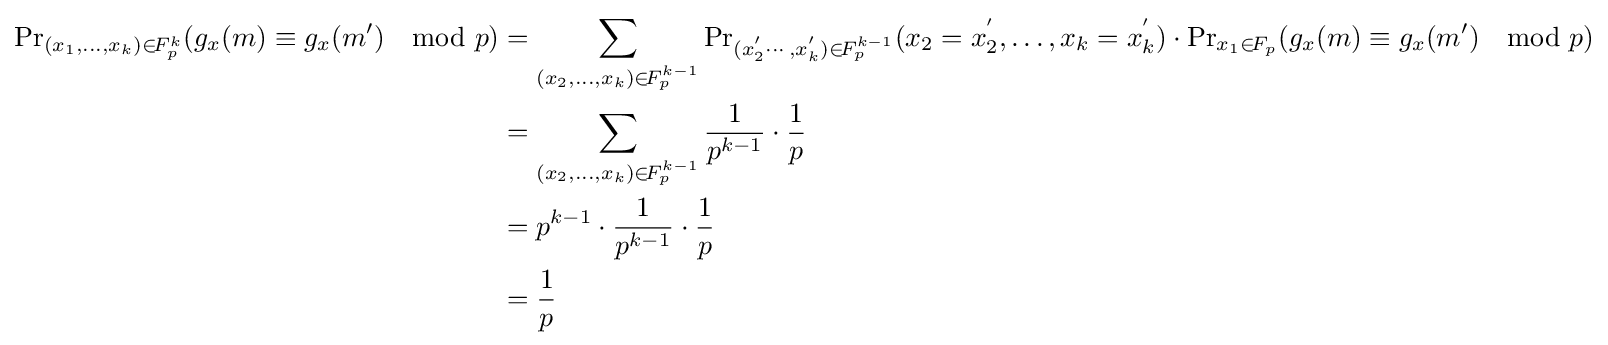
{\begin{aligned}{\Pr }_{(x_{1},\ldots ,x_{k})\in \!{F_{p}^{k}}}(g_{x}(m)\equiv g_{x}(m')\mod p)&=\sum _{(x_{2},\ldots ,x_{k})\in \!{F_{p}^{k-1}}}{\Pr }_{(x_{2}^{'}\cdots ,x_{k}^{'})\in \!{F_{p}^{k-1}}}({x_{2}=x_{2}^{'}},\ldots ,{x_{k}=x_{k}^{'}})\cdot {\Pr }_{x_{1}\in \!F_{p}}(g_{x}(m)\equiv g_{x}(m')\mod p)\\&=\sum _{(x_{2},\ldots ,x_{k})\in \!{F_{p}^{k-1}}}{\frac {1}{p^{k-1}}}\cdot {\frac {1}{p}}\\&=p^{k-1}\cdot {\frac {1}{p^{k-1}}}\cdot {\frac {1}{p}}\\&={\frac {1}{p}}\end{aligned}}